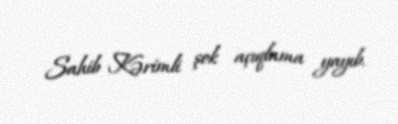
Sahib Kərimli şok açıqlama yayıb.